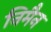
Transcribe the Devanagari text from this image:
निमैन